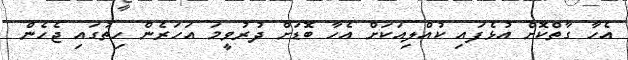
އެހާ ގާތްކޮށް އުޅެފައި ކުއްލިއަކަށް އެހާ ބޮޑަށް ދުރުވީމަ އަހަރެން ހިތުގައި ޖެހެން